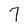
Character: 7